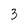
Character: 3